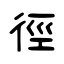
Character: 徑